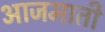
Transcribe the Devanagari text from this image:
आजमाती